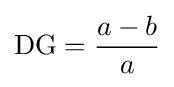
{\mbox{DG}}={\frac {a-b}{a}}